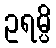
ဥရမ္ပိ